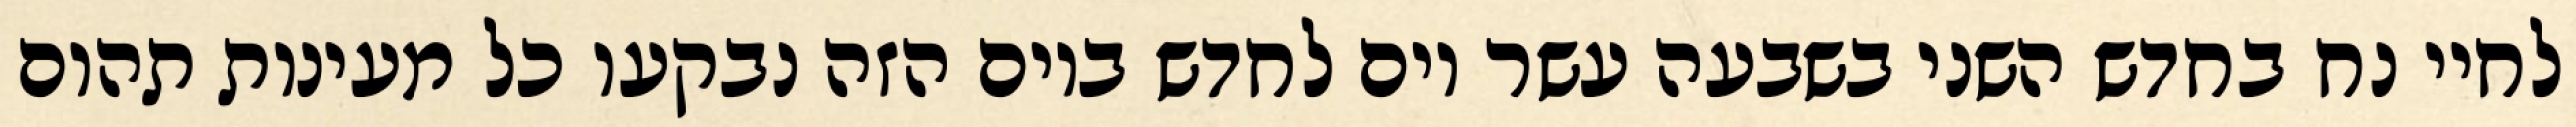
לחיי נח בחדש השני בשבעה עשר יום לחדש ביום הזה נבקעו כל מעינות תהום